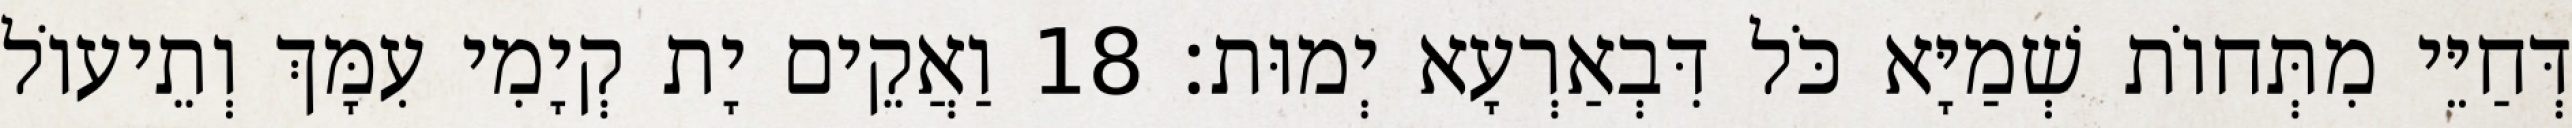
דְּחַיֵּי מִתְּחוֹת שְׁמַיָּא כֹּל דִּבְאַרְעָא יְמוּת׃ 18 וַאֲקֵים יָת קְיָמִי עִמָּךְ וְתֵיעוֹל